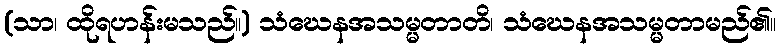
(သာ၊ ထိုရဟန်းမသည်။) သံဃေနအသမ္မတာတိ၊ သံဃေနအသမ္မတာမည်၏။